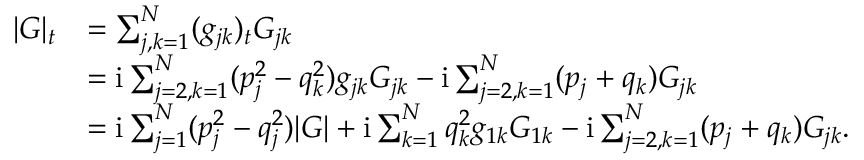
\begin{array} { r l } { | G | _ { t } } & { = \sum _ { j , k = 1 } ^ { N } ( g _ { j k } ) _ { t } G _ { j k } } \\ & { = \mathrm { i } \sum _ { j = 2 , k = 1 } ^ { N } ( p _ { j } ^ { 2 } - q _ { k } ^ { 2 } ) g _ { j k } G _ { j k } - \mathrm { i } \sum _ { j = 2 , k = 1 } ^ { N } ( p _ { j } + q _ { k } ) G _ { j k } } \\ & { = \mathrm { i } \sum _ { j = 1 } ^ { N } ( p _ { j } ^ { 2 } - q _ { j } ^ { 2 } ) | G | + \mathrm { i } \sum _ { k = 1 } ^ { N } q _ { k } ^ { 2 } g _ { 1 k } G _ { 1 k } - \mathrm { i } \sum _ { j = 2 , k = 1 } ^ { N } ( p _ { j } + q _ { k } ) G _ { j k } . } \end{array}